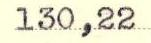
130,22